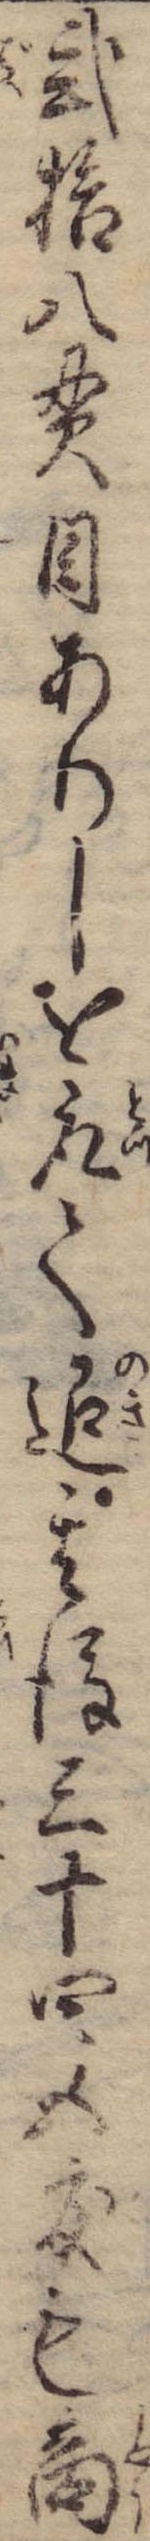
弐拾八貫目ありしを取て退其後三十四五度も商